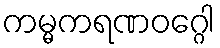
ကမ္မကရဏဝဂ္ဂေါ